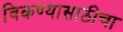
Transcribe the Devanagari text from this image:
विकण्यासाठीचा